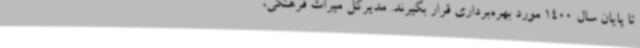
تا پایان سال 1400 مورد بهره‌برداری قرار بگیرند. مدیرکل میراث فرهنگی،